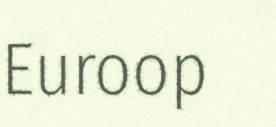
Euroop